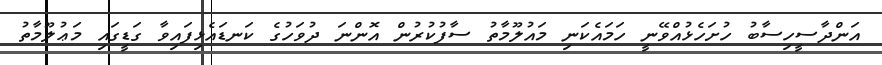
އަންދާސީހިސާބު ހުށަހެޅުއްވޭނީ ހަމައެކަނި މައުލޫމާތު ސާފުކުރުން އޮންނަ ދުވަހުގެ ކަނޑައެޅިފައިވާ ގަޑީގައި މަޢުލޫމާތު